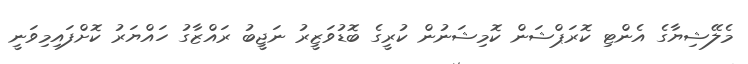
މެލޭޝިޔާގެ އެންޓި ކޮރަޕްޝަން ކޮމިޝަނުން ކުރީގެ ބޮޑުވަޒީރު ނަޖީބު ރައްޒާގު ހައްޔަރު ކޮށްފައިމިވަނީ